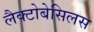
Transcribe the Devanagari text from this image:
लैक्टोबेसिलस